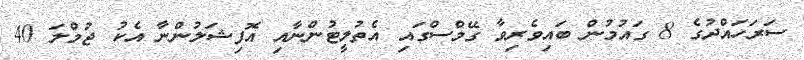
ސަރަހައްދުގެ 8 ގައުމުން ބައިވެރިވާ ގޭމްސްގައި އެތުލީޓުންނާއި އޮފިޝަލުންނާ އެކު ޖުމްލަ 40